Annual administration report of the Civil Veterinary Department of India - 1896-1897
Year: 1896
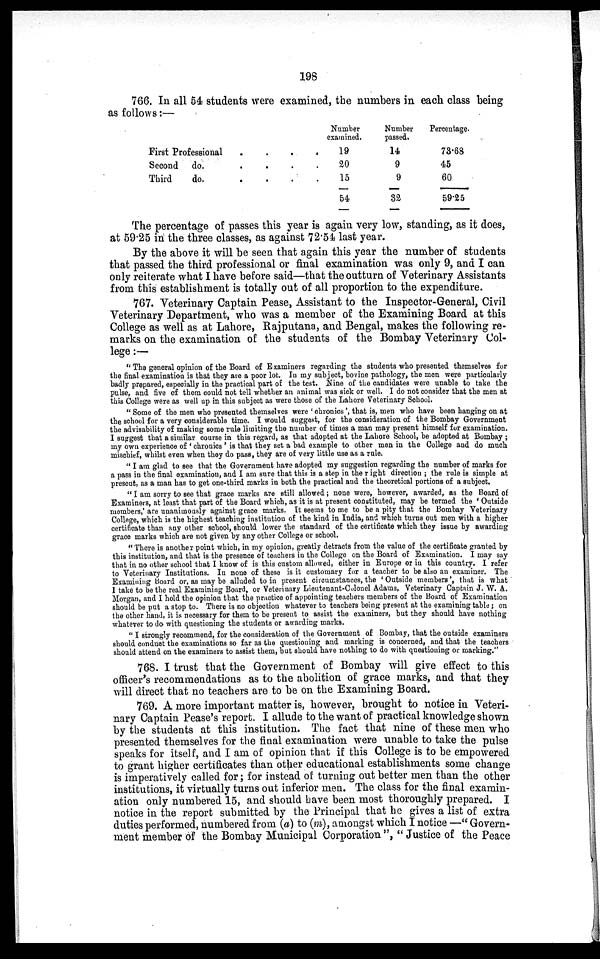
198
766. In all 54 students were examined, the numbers in each class being
as follows :—
First Professional . . . .
Second do. . . . .
Third
do. . . . .
Number
examined.
19
20
15
54
Number
passed.
14
9
9
32
Percentage.
73.68
45
60
59.25
The percentage of passes this year is again very low, standing, as it does,
at 59.25 in the three classes, as against 72.54 last year.
By the above it will be seen that again this year the number of students
that passed the third professional or final examination was only 9, and I can
only reiterate what I have before said—that the outturn of Veterinary Assistants
from this establishment is totally out of all proportion to the expenditure.
767. Veterinary Captain Pease, Assistant to the Inspector-General, Civil
Veterinary Department, who was a member of the Examining Board at this
College as well as at Lahore, Rajputana, and Bengal, makes the following re-
marks on the examination of the students of the Bombay Veterinary Col-
lege:—
" The general opinion of the Board of Examiners regarding the students who presented themselves for
the final examination is that they are a poor lot. In my subject, bovine pathology, the men were particularly
badly prepared, especially in the practical part of the test. Nine of the candidates were unable to take the
pulse, and five of them could not tell whether an animal was sick or well. I do not consider that the men at
this College were as well up in this subject as were those of the Lahore Veterinary School.
"Some of the men who presented themselves were 'chronics', that is, men who have been hanging on at
the school for a very considerable time. I would suggest, for the consideration of the Bombay Government
the advisability of making some rule limiting the number of times a man may present himself for examination.
I suggest that a similar course in this regard, as that adopted at the Lahore School, be adopted at Bombay;
my own experience of 'chronics' is that they set a bad example to other men in the College and do much
mischief, whilst even when they do pass, they are of very little use as a rule.
" I am glad to see that the Government have adopted my suggestion regarding the number of marks for
a pass in the final examination, and I am sure that this is a step in the right direction ; the rule is simple at
present, as a man has to get one-third marks in both the practical and the theoretical portions of a subject.
" I am sorry to see that grace marks are still allowed; none were, however, awarded, as the Board of
Examiners, at least that part of the Board which, as it is at present constituted, may be termed the 'Outside
members,' are unanimously against grace marks. It seems to me to be a pity that the Bombay Veterinary
College, which is the highest teaching institution of the kind in India, and which turns out men with a higher
certificate than any other school, should lower the standard of the certificate which they issue by awarding
grace marks which are not given by any other College or school.
"There is another point which, in my opinion, greatly detracts from the value of the certificate granted by
this institution, and that is the presence of teachers in the College on the Board of Examination. I may say
that in no other school that I know of is this custom allowed, either in Europe or in this country. I refer
to Veterinary Institutions. In none of these is it customary for a teacher to be also an examiner. The
Examining Board or, as may be alluded to in present circumstances, the 'Outside members', that is what
I take to be the real Examining Board, or Veterinary Lieutenant-Colonel Adams, Veterinary Captain J. W. A.
Morgan, and I hold the opinion that the practice of appointing teachers members of the Board of Examination
should be put a stop to. There is no objection whatever to teachers being present at the examining table; on
the other hand, it is necessary for them to be present to assist the examiners, but they should have nothing
whatever to do with questioning the students or awarding marks.
"I strongly recommend, for the consideration of the Government of Bombay, that the outside examiners
should conduct the examinations so far as the questioning and marking is concerned, and that the teachers
should attend on the examiners to assist them, but should have nothing to do with questioning or marking."
768. I trust that the Government of Bombay will give effect to this
officer's recommendations as to the abolition of grace marks, and that they
will direct that no teachers are to be on the Examining Board.
769. A more important matter is, however, brought to notice in Veteri-
nary Captain Pease's report. I allude to the want of practical knowledge shown
by the students at this institution. The fact that nine of these men who
presented themselves for the final examination were unable to take the pulse
speaks for itself, and I am of opinion that if this College is to be empowered
to grant higher certificates than other educational establishments some change
is imperatively called for; for instead of turning out better men than the other
institutions, it virtually turns out inferior men. The class for the final examin-
ation only numbered 15, and should have been most thoroughly prepared. I
notice in the report submitted by the Principal that he gives a list of extra
duties performed, numbered from (a) to (m), amongst which I notice —"Govern-
ment member of the Bombay Municipal Corporation", "Justice of the Peace